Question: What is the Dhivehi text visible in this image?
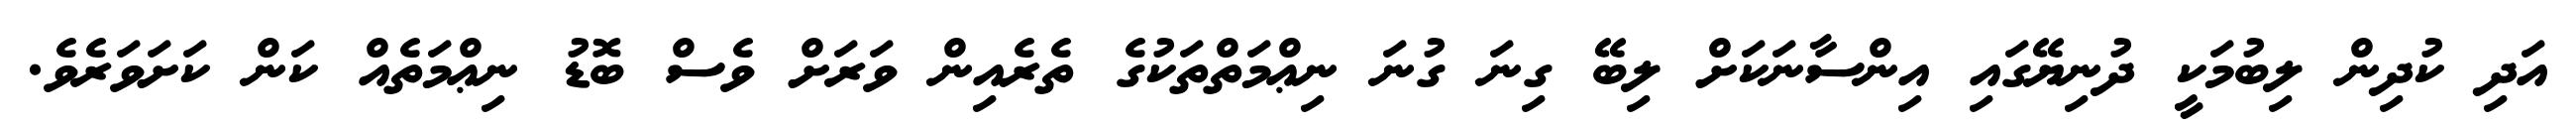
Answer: އަދި ކުދިން ލިބުމަކީ ދުނިޔޭގައި އިންސާނަކަށް ލިބޭ ގިނަ ގުނަ ނިޢްމަތްތަކުގެ ތެރެއިން ވަރަށް ވެސް ބޮޑު ނިޢްމަތެއް ކަން ކަށަވަރެވެ.